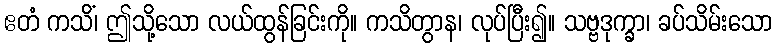
ဧတံ ကသိံ၊ ဤသို့သော လယ်ထွန်ခြင်းကို။ ကသိတွာန၊ လုပ်ပြီး၍။ သဗ္ဗဒုက္ခာ၊ ခပ်သိမ်းသော